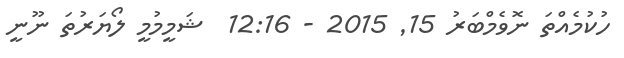
ހުކުމެއްތަ ނޮވެމްބަރު 15